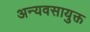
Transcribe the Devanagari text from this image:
अन्यवसायुक्त